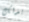
بذلك